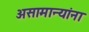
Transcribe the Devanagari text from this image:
असामान्यांना